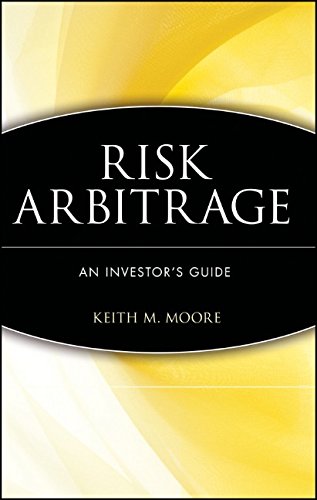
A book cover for Risk Arbitrage: An Investor's Guide; Keith M. Moore; Business & Money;